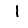
Digit: 1